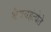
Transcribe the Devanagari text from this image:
श्वैववहंत्येते